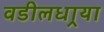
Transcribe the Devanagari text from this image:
वडीलधार्‍या